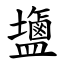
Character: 䀋